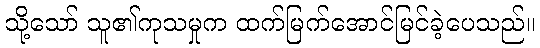
သို့သော် သူ၏ကုသမှုက ထက်မြက်အောင်မြင်ခဲ့ပေသည်။